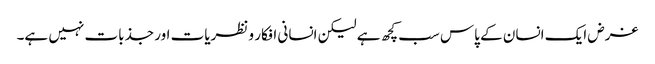
غرض ایک انسان کے پاس سب کچھ ہے لیکن انسانی افکار و نظریات اور جذبات نہیں ہے۔